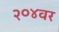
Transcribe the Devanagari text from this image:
२०४वर